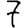
Digit: 7